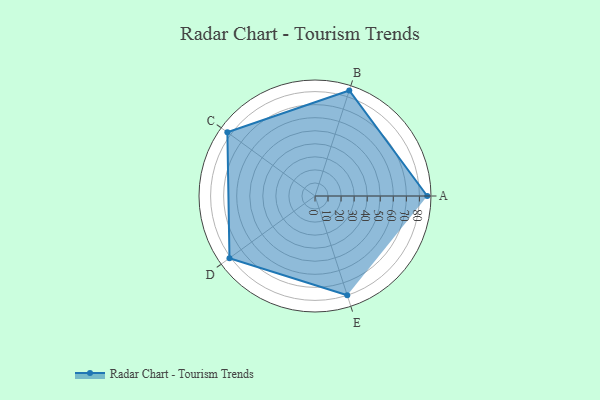
{"axis": {"x": "Skill", "y": "Score"}, "legend": ["Profile"], "data": [{"x": "A", "y": 86.0, "type": "Profile"}, {"x": "B", "y": 85.0, "type": "Profile"}, {"x": "C", "y": 83.0, "type": "Profile"}, {"x": "D", "y": 81.0, "type": "Profile"}, {"x": "E", "y": 80.0, "type": "Profile"}]}